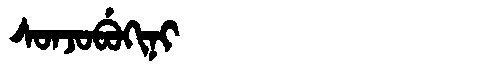
Manchu: ᠰᠣᠨᠵᠣᠪᡠᡴᡳᠨᡳ
Romanization: SONJOBUKINI